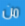
من